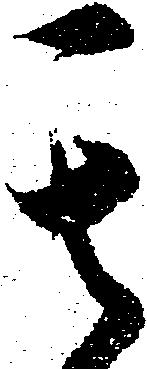
其